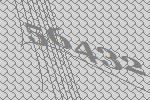
56432